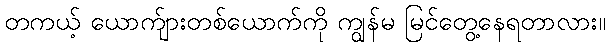
တကယ့် ယောက်ျားတစ်ယောက်ကို ကျွန်မ မြင်တွေ့နေရတာလား။